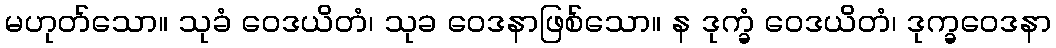
မဟုတ်သော။ သုခံ ဝေဒယိတံ၊ သုခ ဝေဒနာဖြစ်သော။ န ဒုက္ခံ ဝေဒယိတံ၊ ဒုက္ခဝေဒနာ